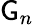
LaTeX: {\sf\mathsf{G}}_{n}